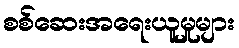
စစ်ဆေးအရေးယူမှုများ